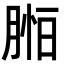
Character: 𦜷